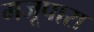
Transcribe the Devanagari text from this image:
मजूपारा